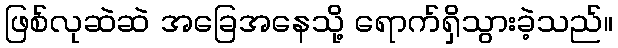
ဖြစ်လုဆဲဆဲ အခြေအနေသို့ ရောက်ရှိသွားခဲ့သည်။